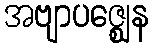
အဗျာပဇ္ဈေန